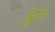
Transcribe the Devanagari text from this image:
ब्रुल